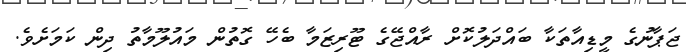
ޖަޕާނުގެ މީޑިއާތަކާ ބައްދަލުކޮށް ރާއްޖޭގެ ޓޫރިޒަމާ ބެހޭ ގޮތުން މައުލޫމާތު ދިން ކަމަށެވެ.